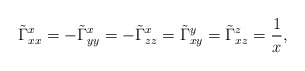
\begin{align*}\tilde{\Gamma}^x_{xx}=-\tilde{\Gamma}^x_{yy}=-\tilde{\Gamma}^x_{zz}=\tilde{\Gamma}^y_{xy}=\tilde{\Gamma}^z_{xz}=\frac{1}{x},\end{align*}